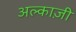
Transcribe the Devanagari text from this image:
अल्काज़ी